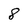
Character: 8